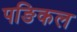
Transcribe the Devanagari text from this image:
पङिकल